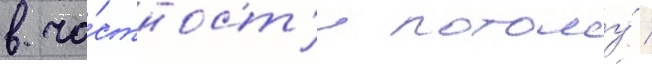
в ча́стност'и потому́ /